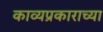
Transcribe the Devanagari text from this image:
काव्यप्रकाराच्या